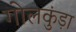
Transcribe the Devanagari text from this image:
गोलकुंड़ा